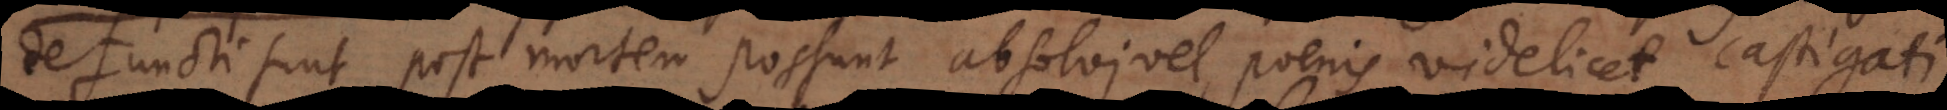
defuncti sunt, post mortem possunt absolvi vel poenis videlicet castigati